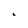
Character: i